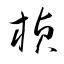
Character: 楨